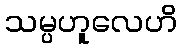
သမ္ပဟူလေဟိ